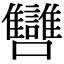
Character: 㘜